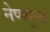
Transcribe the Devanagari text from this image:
नेप्च्युन्स